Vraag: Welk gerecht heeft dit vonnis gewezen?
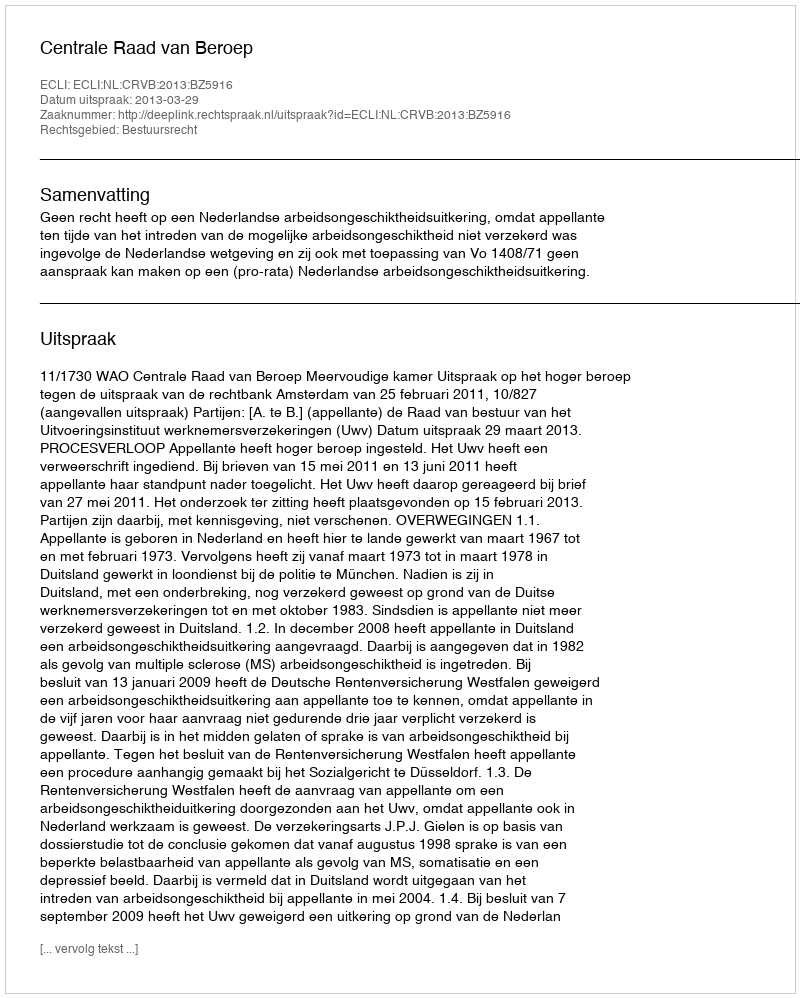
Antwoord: Centrale Raad van Beroep